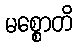
မစ္စောတိ